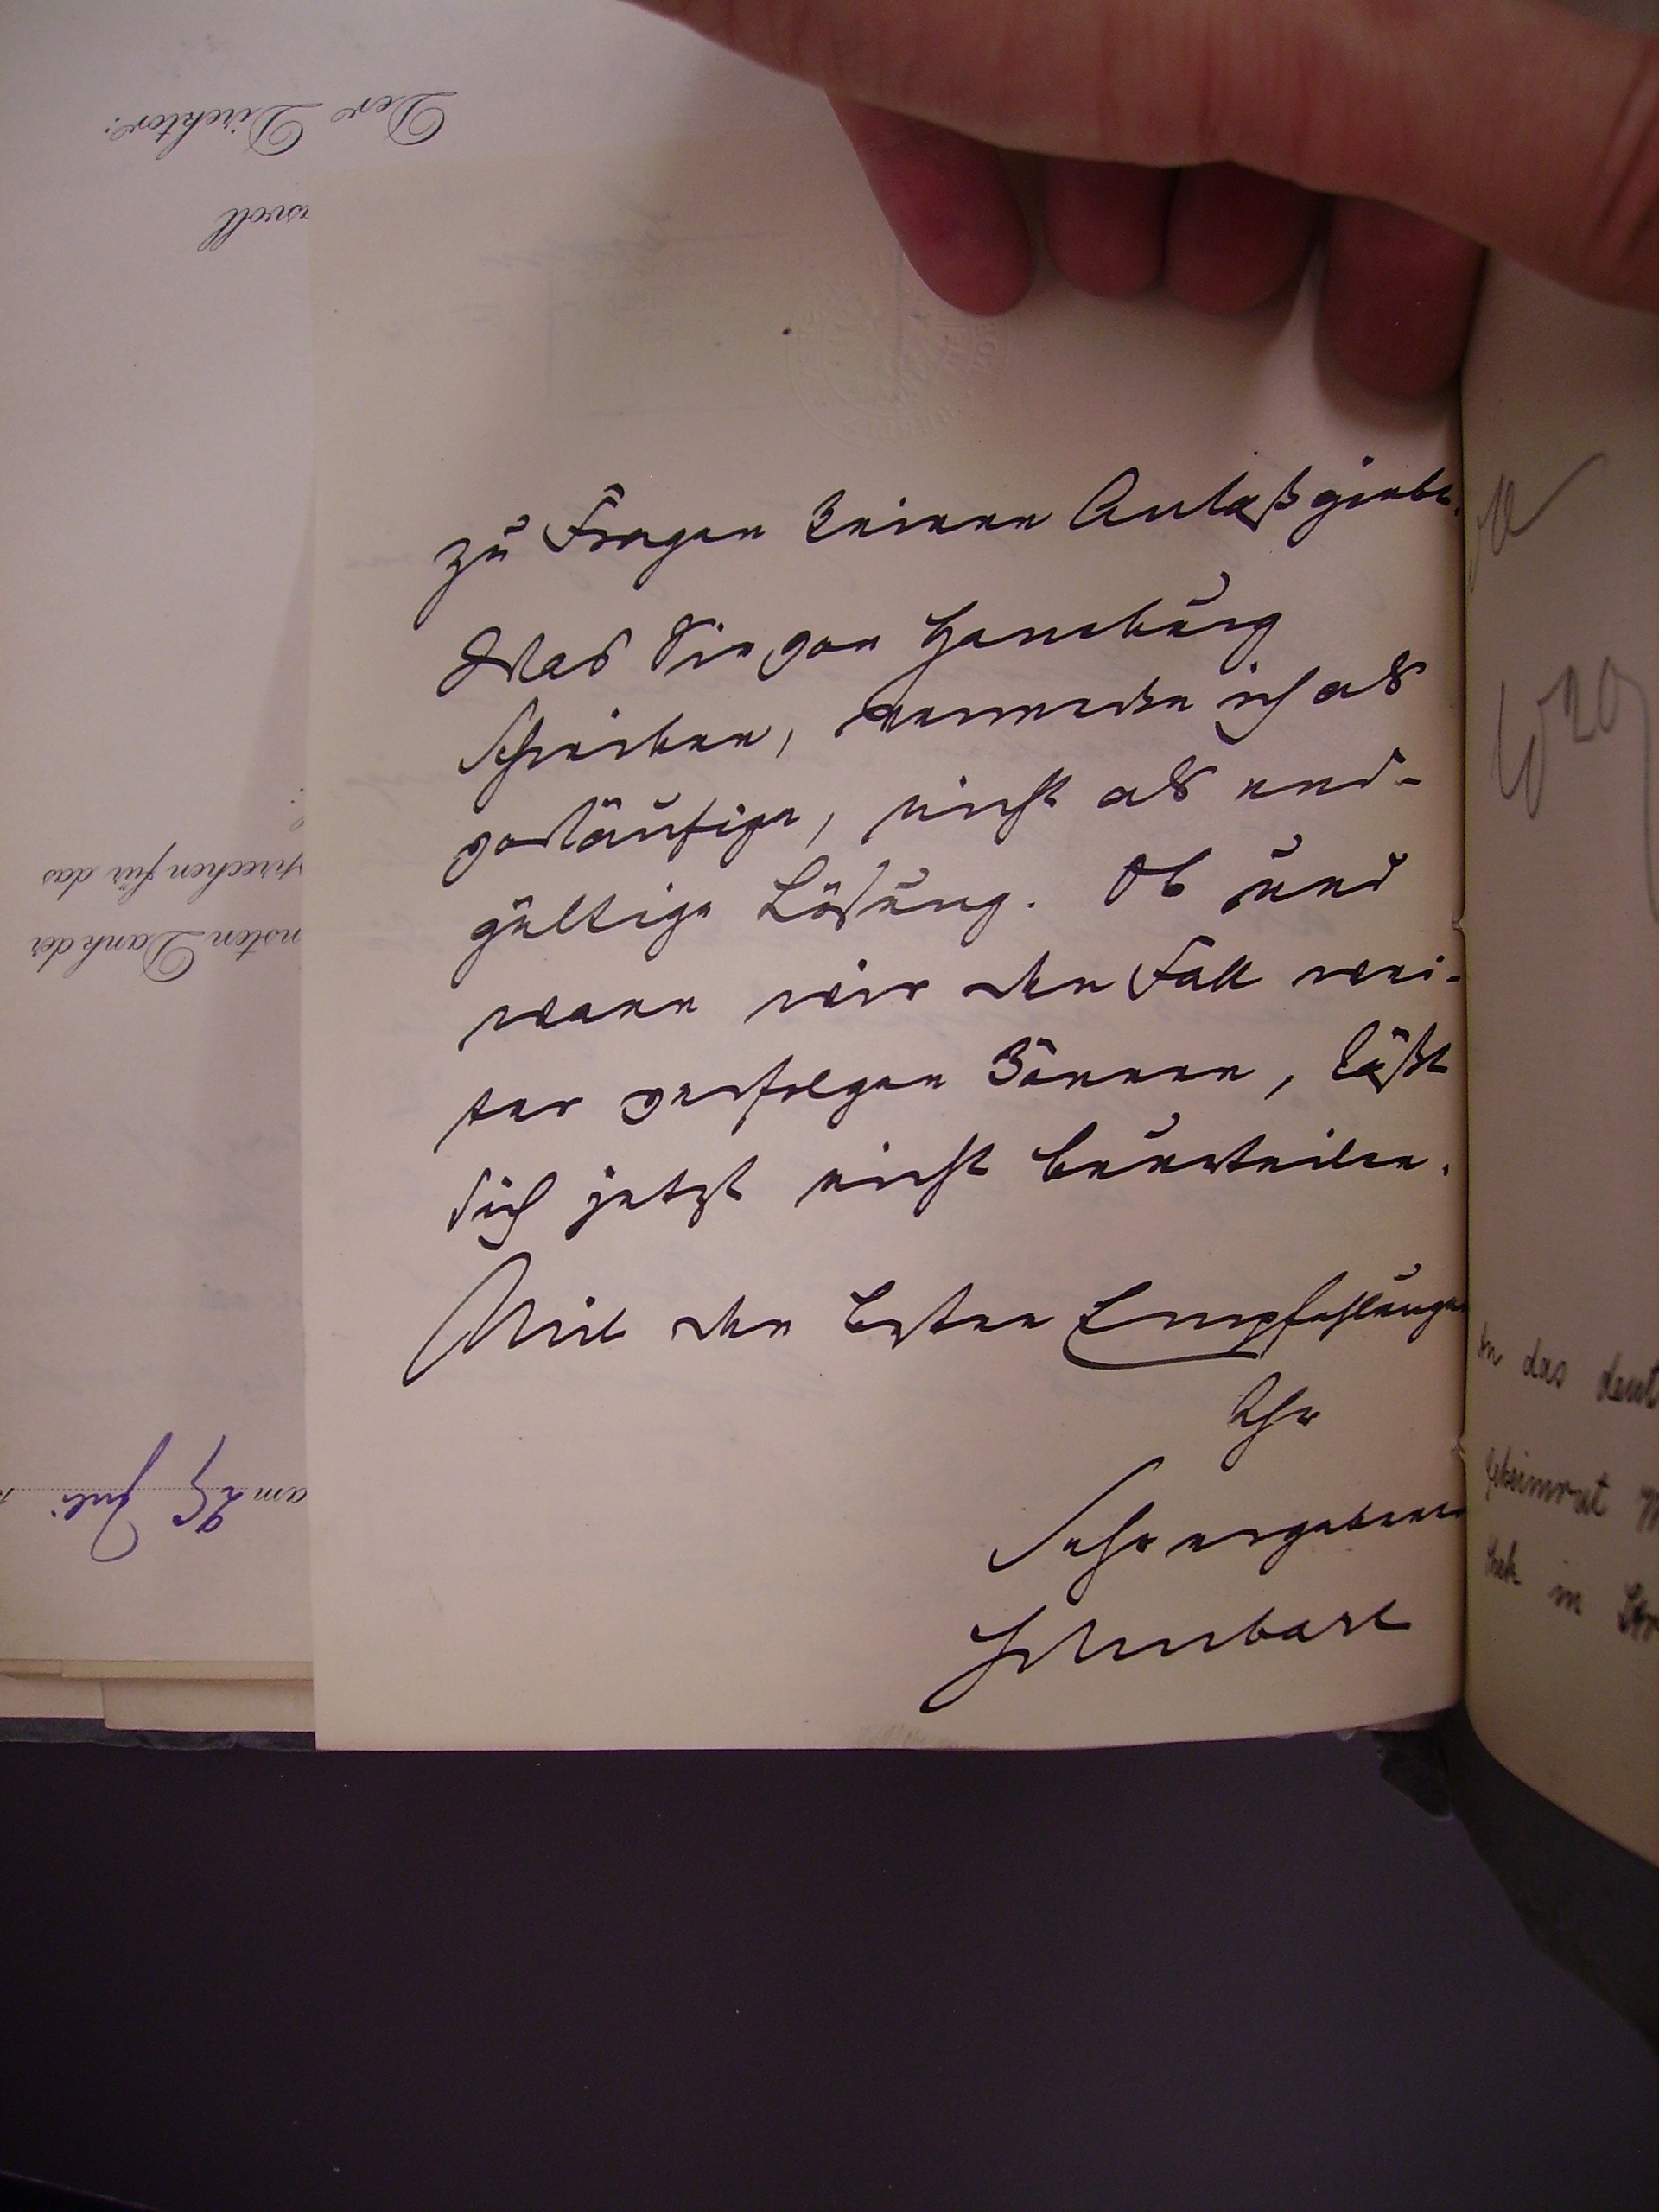
zu fragen keinen Anlaß giebt.
Was sie von Hamburg
schicken, vermerke ich als
vorläufige, nicht als end¬
gültige Lösung. Ob und
wann wir den fall wei¬
ter vertagen können, läßt
sich jetzt nicht beurteilen.
Mit den besten Empfehlungen
Ihr
sehr ergebener
schubart